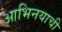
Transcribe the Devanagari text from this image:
आभिनयाची